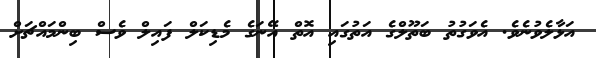
އަޅާލެވުނެވެ. އެވަގުތު ބަތޫލްގެ އަތުގައި އޮތް އޭނަގެ މެޑިކަލް ފައިލް ވެސް ބިންމައްޗަށް